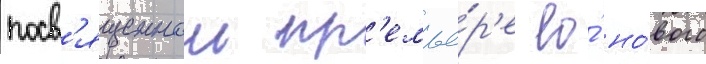
посв'ященнои пр'емье́р'е ео́ но́вого